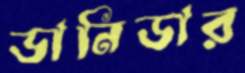
ডানিডার